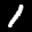
Label: 1